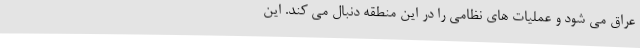
عراق می شود و عملیات های نظامی را در این منطقه دنبال می کند. این